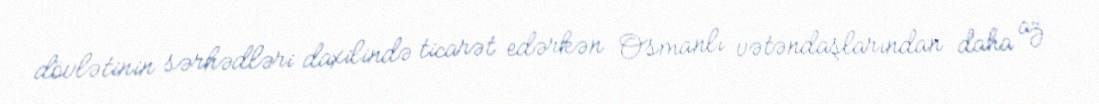
dövlətinin sərhədləri daxilində ticarət edərkən Osmanlı vətəndaşlarından daha az